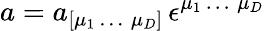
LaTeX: a=a_{[\mu_{1}\, \dots\; \mu_{D}]}\, \epsilon^{\mu_{1}\, \dots\; \mu_{D}}